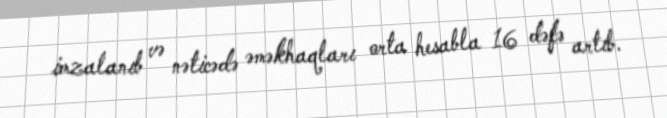
imzalanıb və nəticədə əməkhaqları orta hesabla 16 dəfə artıb.